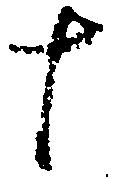
十